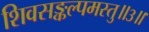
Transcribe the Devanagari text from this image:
शिवसङ्कल्पमस्तु॥३॥